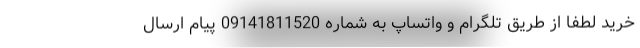
خرید لطفا از طریق تلگرام و واتساپ به شماره 09141811520 پیام ارسال